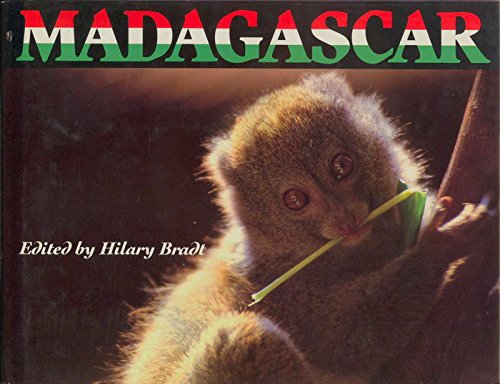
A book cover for Madagascar: Exotic Lands; Travel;